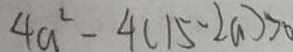
4 a ^ { 2 } - 4 ( 1 5 - 2 a ) > 0